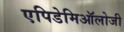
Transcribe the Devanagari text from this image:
एपिडेमिऑलोजी